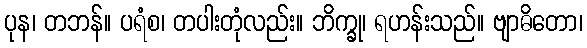
ပုန၊ တဘန်။ ပရံစ၊ တပါးတုံလည်း။ ဘိက္ခု၊ ရဟန်းသည်။ ဗျာဓိတော၊